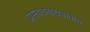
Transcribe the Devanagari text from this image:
प्रस्तावनाखंडातील